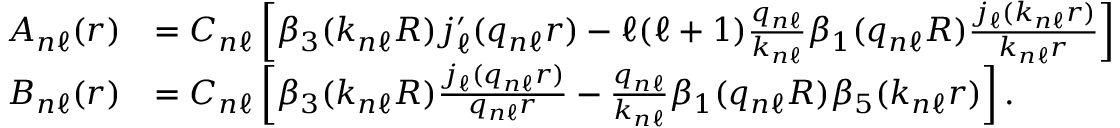
\begin{array} { r l } { A _ { n \ell } ( r ) } & { = C _ { n \ell } \left[ \beta _ { 3 } ( k _ { n \ell } R ) j _ { \ell } ^ { \prime } ( q _ { n \ell } r ) - \ell ( \ell + 1 ) \frac { q _ { n \ell } } { k _ { n \ell } } \beta _ { 1 } ( q _ { n \ell } R ) \frac { j _ { \ell } ( k _ { n \ell } r ) } { k _ { n \ell } r } \right] } \\ { B _ { n \ell } ( r ) } & { = C _ { n \ell } \left[ \beta _ { 3 } ( k _ { n \ell } R ) \frac { j _ { \ell } ( q _ { n \ell } r ) } { q _ { n \ell } r } - \frac { q _ { n \ell } } { k _ { n \ell } } \beta _ { 1 } ( q _ { n \ell } R ) \beta _ { 5 } ( k _ { n \ell } r ) \right] . } \end{array}